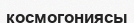
космогониясы